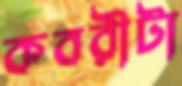
কবরীটা